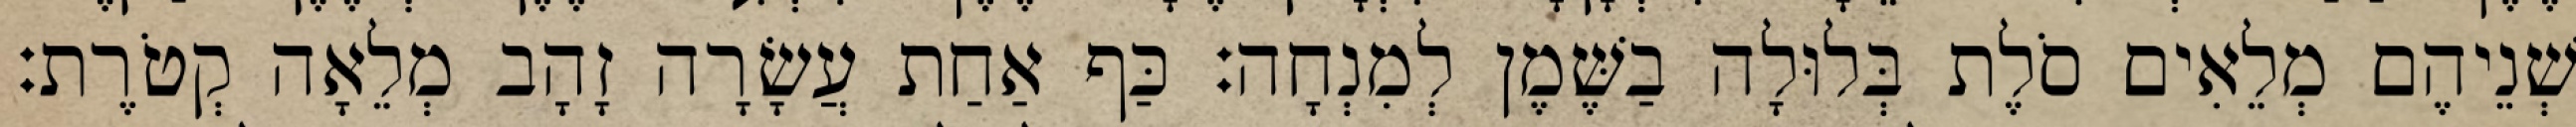
שְׁנֵיהֶם מְלֵאִים סֹלֶת בְּלוּלָה בַשֶּׁמֶן לְמִנְחָה׃ כַּף אַחַת עֲשָׂרָה זָהָב מְלֵאָה קְטֹרֶת׃